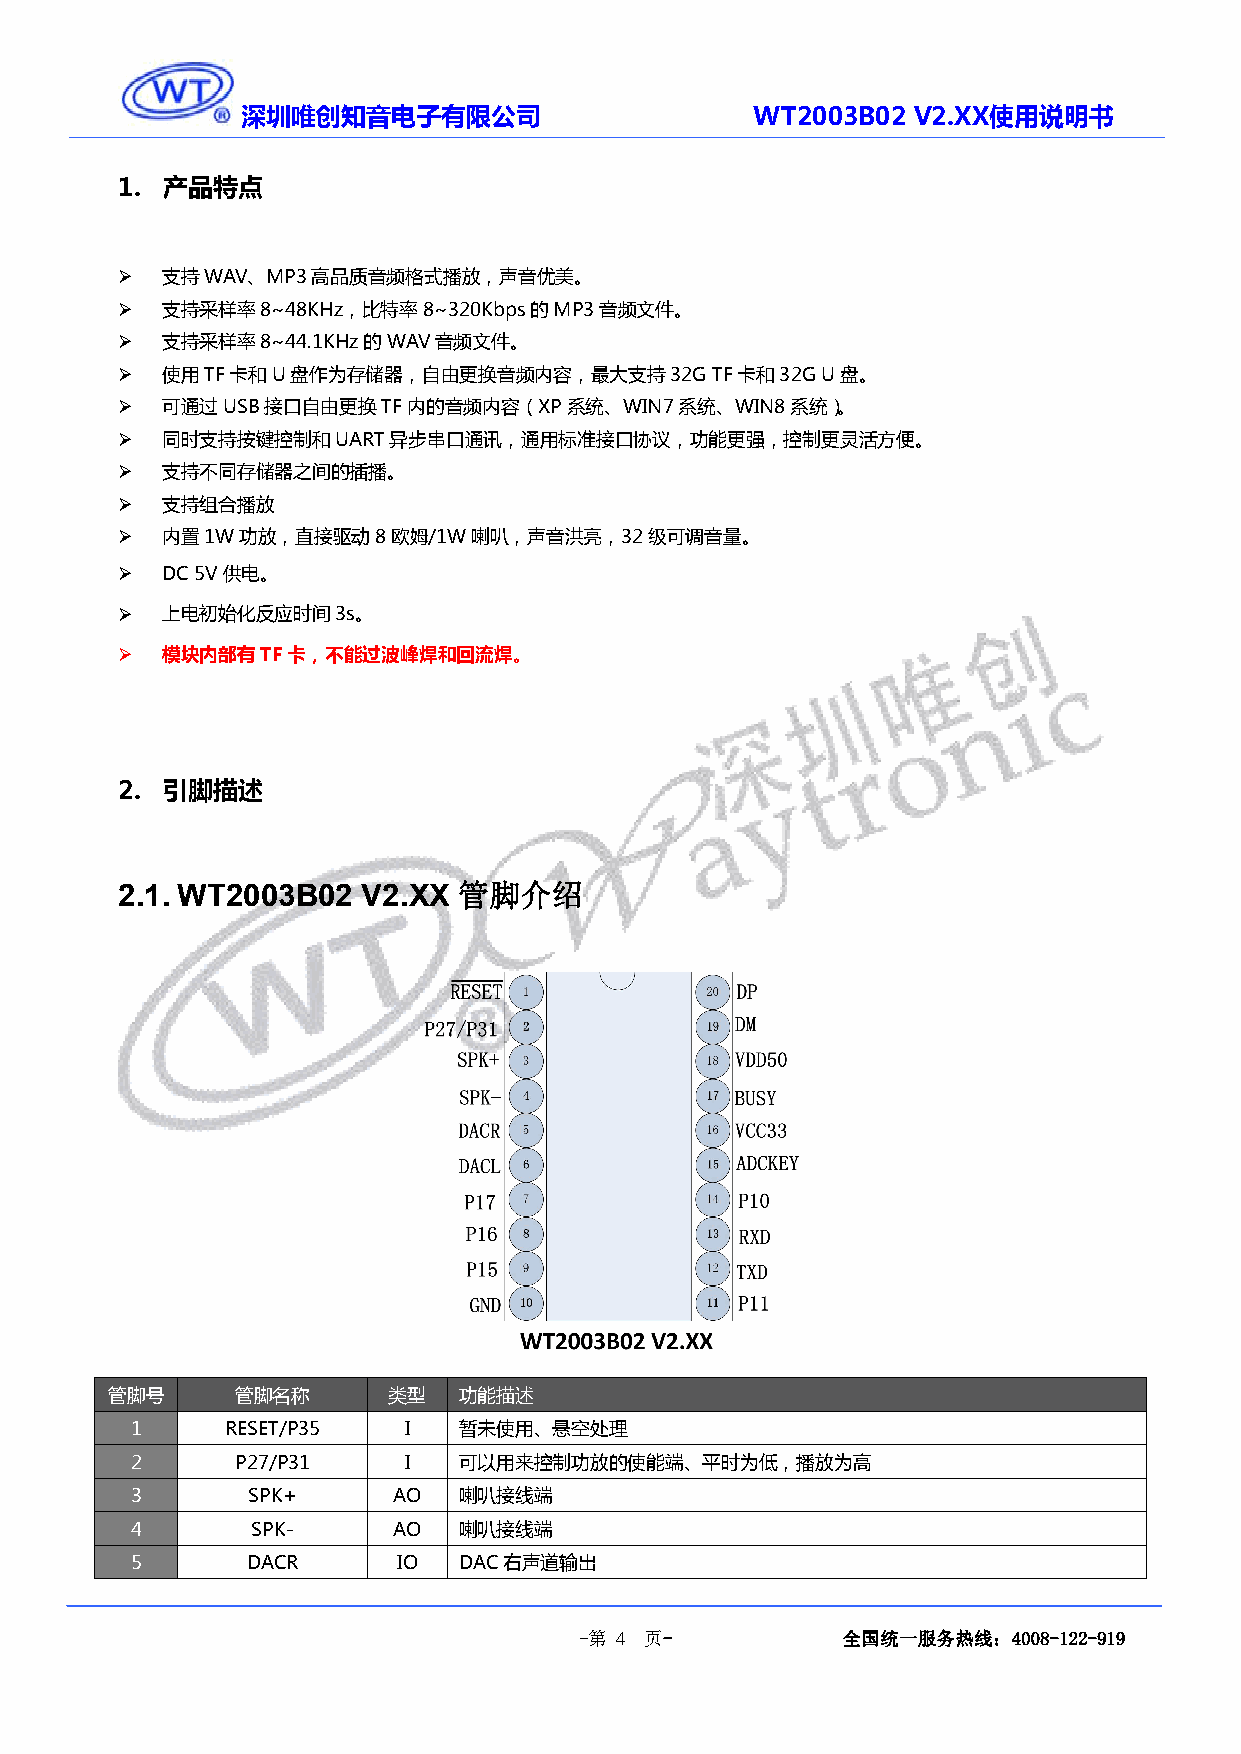
深圳唯创知音电子有限公司                      WT2003B02 V2.XX使用说明书
 1. 产品特点
   支持WAV、MP3高品质音频格式播放，声音优美。
   支持采样率8~48KHz，比特率8~320Kbps的MP3音频文件。
   支持采样率8~44.1KHz的WAV音频文件。
   使用TF卡和U盘作为存储器，自由更换音频内容，最大支持32GTF卡和32GU盘。
   可通过USB接口自由更换TF内的音频内容（XP系统、WIN7系统、WIN8系统）。
   同时支持按键控制和UART异步串口通讯，通用标准接口协议，功能更强，控制更灵活方便。
   支持不同存储器之间的插播。
   支持组合播放
   内置1W功放，直接驱动8欧姆/1W喇叭，声音洪亮，32级可调音量。
   DC5V供电。
   上电初始化反应时间3s。
   模块内部有TF卡，不能过波峰焊和回流焊。
 2. 引脚描述
 管脚介绍
 2.1. WT2003B02  V2.XX
 管脚号      管脚名称      类型  功能描述
 1     RESET/P35   I  暂未使用、悬空处理
 2      P27/P31    I  可以用来控制功放的使能端、平时为低，播放为高
 3      SPK+      AO  喇叭接线端
 4       SPK-     AO  喇叭接线端
 5      DACR      IO  DAC右声道输出
 -第 4 页-           全国统一服务热线：4008-122-919